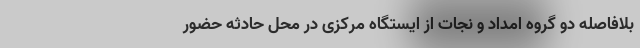
بلافاصله دو گروه امداد و نجات از ایستگاه مرکزی در محل حادثه حضور